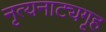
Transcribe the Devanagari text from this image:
नृत्यनाट्यगृह